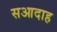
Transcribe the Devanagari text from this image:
सआदाह